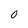
Character: 0